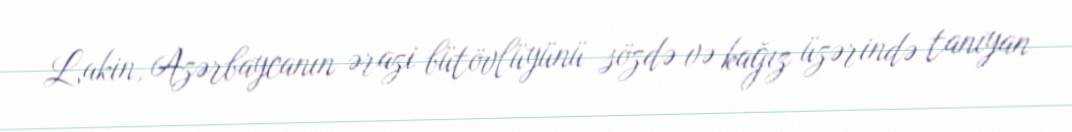
Lakin, Azərbaycanın ərazi bütövlüyünü sözdə və kağız üzərində tanıyan